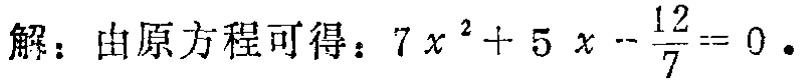
解：由原方程可得：\(7x^{2}+5x - \frac{12}{7} = 0\)。